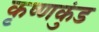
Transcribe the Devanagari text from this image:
कृष्णकुंड